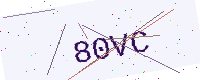
Text: 80VC